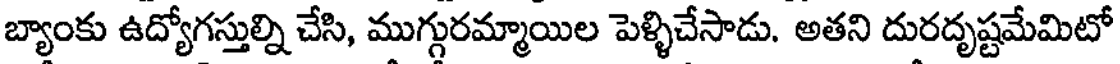
బ్యాంకు ఉద్యోగస్తుల్ని చేసి, ముగ్గురమ్మాయిల పెళ్ళిచేసాడు. అతని దురదృష్టమేమిటో